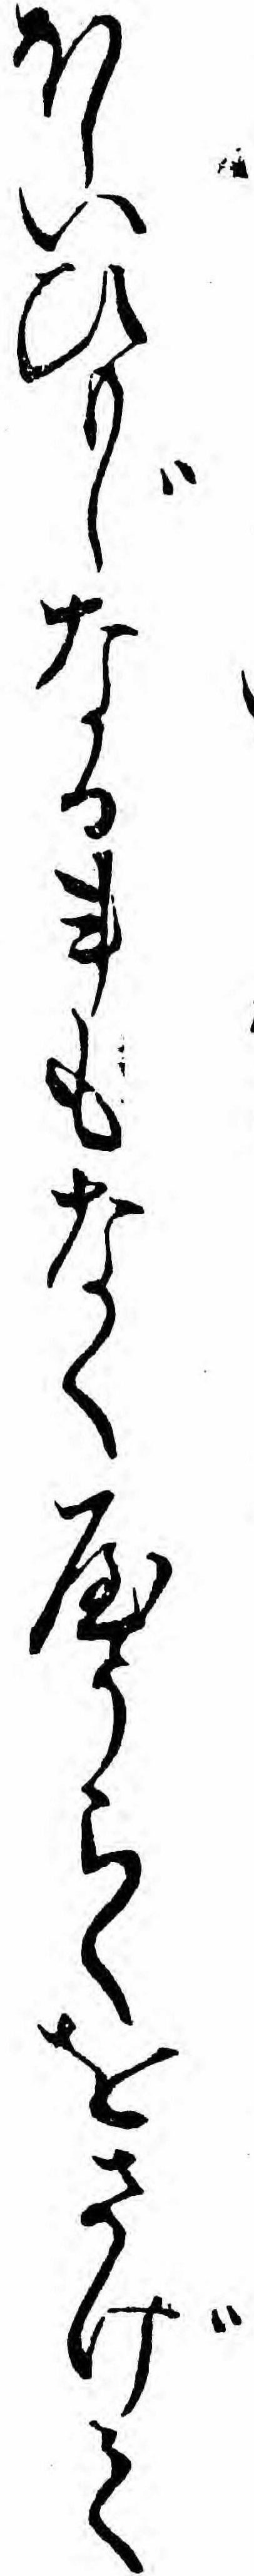
ほしいひもじなる事もなくやうらくをさげて